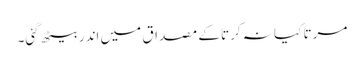
مرتا کیا نہ کرتا کے مصداق میں اندر بیٹھ گئی۔